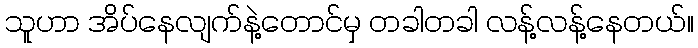
သူဟာ အိပ်နေလျက်နဲ့တောင်မှ တခါတခါ လန့်လန့်နေတယ်။